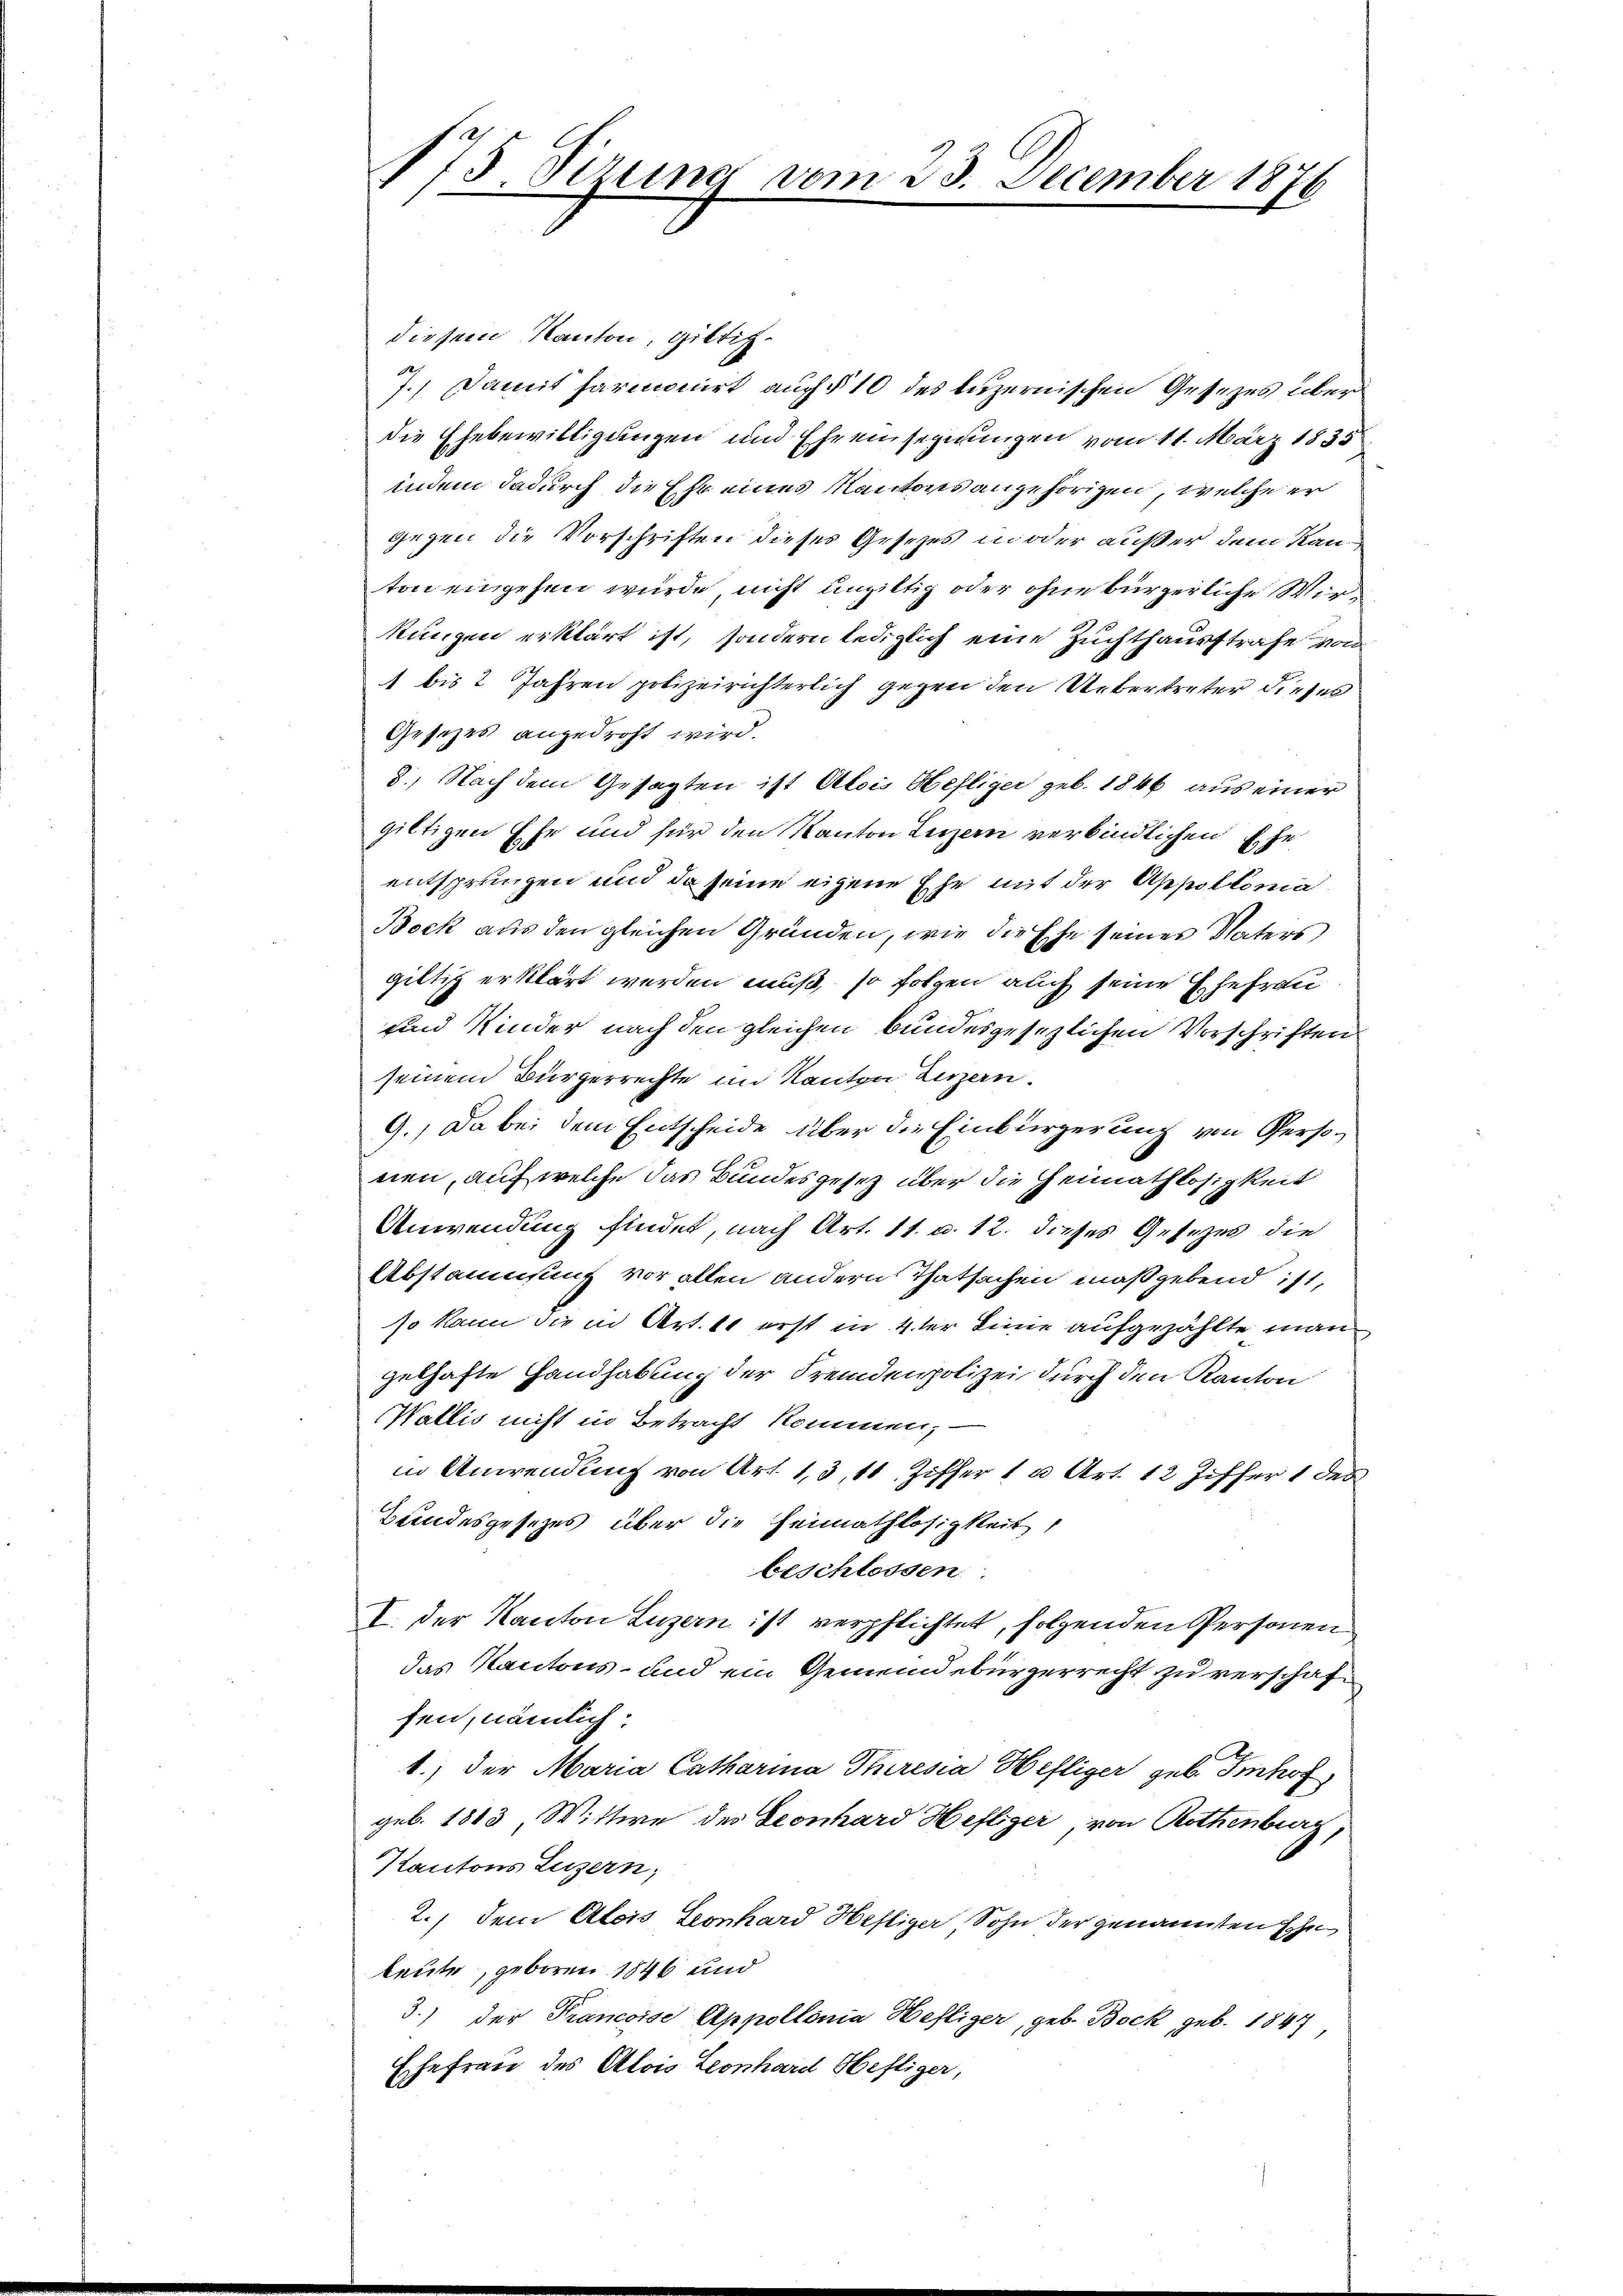
175 Perung vom 23. December 1876

diesem Kanton, giltig¬
7.) Damit harmonirt auch § 10 des Luzernischen Gesezes über
die Ehebewilligungen und Ehrensegnungen vom 11. März 1835
indem dadurch die Ehr eines Kantons angehörigen, welche er
gegen die Vorschriften dieses Gesezes in oder außer dem Kanton eingehen wurde nicht ungültig oder ohne bürgerliche Wirkungen erklärt ist, sondern lediglich eine Zuchthausstrafe von
1 bis 2 Jahren polizeirichterlich gegen den Uebertreter dieses
Gesezes angedroht wird.
8.) Nach dem Gesagten ist Alois Hefliger geb. 1846 aus einer
giltigen Ehr und für den Kanton Luzern verbindlichen Ehe
entsprungen und da seine eigene Ehe mit der Appolloma
Bock aus den gleichen Gründen, wie die Ehe seines Vaters
giltig erklärt werden muß, so folgen auch seine Ehefrau
und Kinder nach den gleichen bundesgesezlichen Vorschriften
seinem Bürgerrechte im Kanton Luzern.
9., Da bei dem Entscheide über die Einbürgerung von Personen, auf welche das Bundesgesetz über die Heimathlosigkeit
Anwendung findet, nach Art. 11. u. 12. dieses Gesezes die
Abstammsung vor allen andern Thatsachen maßgebend ist,
so kann die in Art. 11 erst in 4ter Sinne aufgezählte man
gelhafte Handhabung der Fremdenpolizei durch den Kanton
Wallis nicht in Betracht kommen,
in Anwendung von Art. 13, 11 Ziffer 1 a Art. 12 Ziffer 1 des
Bundesgesetzes über die Heimathlosigkeit,
beschlossen.
I. der Kanton Luzern ist verpflichtet, folgenden Personen
das Kantons- und ein Gemeindebürgerrecht zu verschafsen, nämlich.
1.) Der Maria Catharina Theresia Heftiger geb. Imhof
geb. 1813, Wittwe des Leonhard Heftiger, von Rothenburg,
Kantons Luzern;
2.) Dem Alois Leonhard Heftiger Sohn der genannten schn
leute, geboren 1846 und
3.) der Francoise Appollonia Heftiger, geb. Bock geb. 1847
Ehefrau des Alois Leonhard Heftiger,